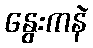
နွေးကနဲ